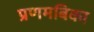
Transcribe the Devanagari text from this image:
प्रणमबिका